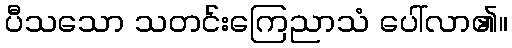
ပီသသော သတင်းကြေညာသံ ပေါ်လာ၏။